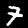
Label: 7